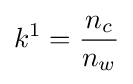
k^{1}={\frac {n_{c}}{n_{w}}}